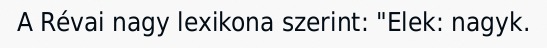
A Révai nagy lexikona szerint: "Elek: nagyk.